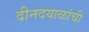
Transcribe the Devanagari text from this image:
दीनदयाळांची